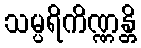
သမ္ပရိကိဏ္ဏန္တိ